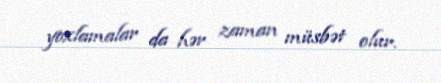
yoxlamalar da hər zaman müsbət olur.